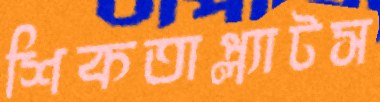
শিকতাপ্ল্যাটস